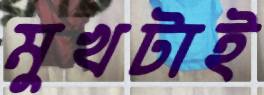
মুখটাই